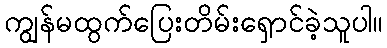
ကျွန်မထွက်ပြေးတိမ်းရှောင်ခဲ့သူပါ။